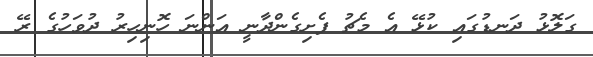
ގަލޮޅު ދަނޑުގައި ކުޅޭ އެ މެޗު ފެށިގެންދާނީ އަންނަ ހޮނިހިރު ދުވަހުގެ ރޭ